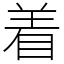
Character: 着